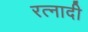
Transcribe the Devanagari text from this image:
रत्‍नादी